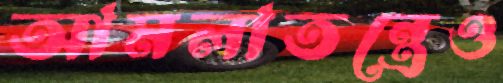
আমলাতন্ত্রেও